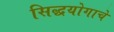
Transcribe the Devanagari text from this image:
सिद्धयोगाचे